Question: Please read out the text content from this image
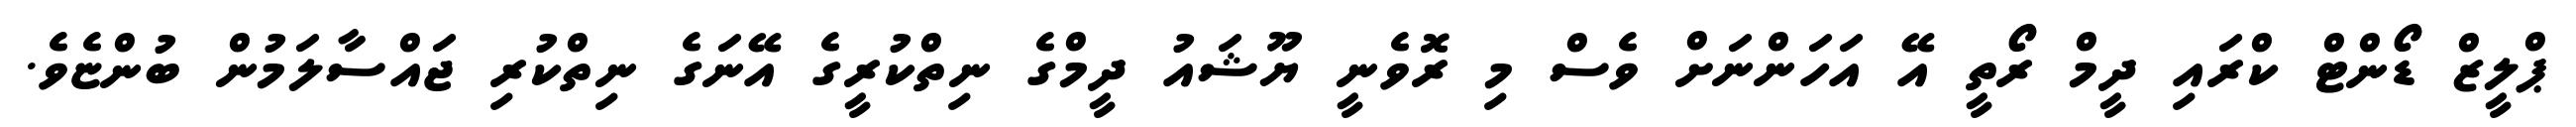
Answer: ޕްލީޒް ޑޯންޓް ކްރައި ދީމް ރޯތީ އޭ އަހަންނަށް ވެސް މި ރޮވެނީ ޔޫޝައު ދީމްގެ ނިތްކުރީގެ އޭނަގެ ނިތްކުރި ޖައްސާލަމުން ބުންޏެވެ.